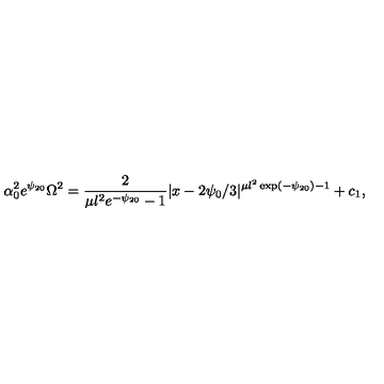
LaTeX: \alpha _ { 0 } ^ { 2 } e ^ { \psi _ { 2 0 } } \Omega ^ { 2 } = \frac { 2 } { \mu l ^ { 2 } e ^ { - \psi _ { 2 0 } } - 1 } | x - 2 \psi _ { 0 } / 3 | ^ { \mu l ^ { 2 } \exp ( - \psi _ { 2 0 } ) - 1 } + c _ { 1 } ,